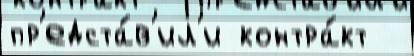
пр'едста́в'ил'и контра́кт